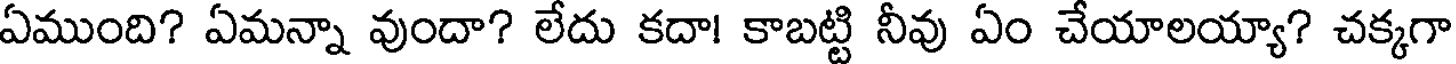
ఏముంది? ఏమన్నా వుందా? లేదు కదా! కాబట్టి నీవు ఏం చేయాలయ్యా? చక్కగా